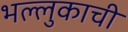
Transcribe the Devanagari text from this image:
भल्लुकाची